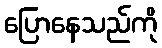
ပြောနေသည်ကို